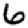
Digit: 6